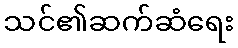
သင်၏ဆက်ဆံရေး